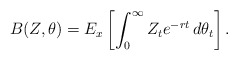
\begin{align*}B(Z,\theta) = E_x\left[\int_0^{\infty}Z_te^{-rt}\,d\theta_t\right] . \end{align*}